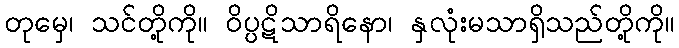
တုမှေ၊ သင်တို့ကို။ ဝိပ္ပဋိသာရိနော၊ နှလုံးမသာရှိသည်တို့ကို။